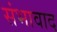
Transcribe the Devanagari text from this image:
संभावाद